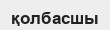
қолбасшы